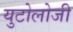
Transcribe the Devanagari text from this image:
युटोलोजी